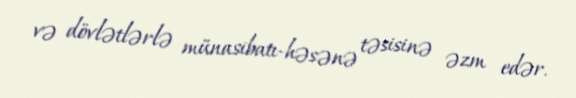
və dövlətlərlə münasibatı-həsənə təsisinə əzm edər.